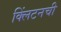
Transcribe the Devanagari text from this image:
क्लिंटनची